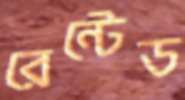
রেন্টেড